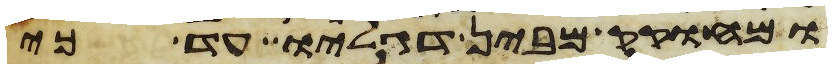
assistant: ומחקק מבין דגליו עד כי